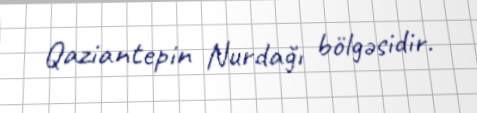
Qaziantepin Nurdağı bölgəsidir.